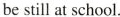
be still at school.